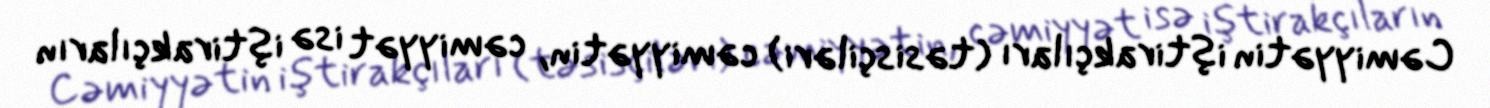
Cəmiyyətin iştirakçıları (təsisçiləri) cəmiyyətin, cəmiyyət isə iştirakçıların